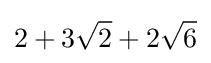
2+3{\sqrt {2}}+2{\sqrt {6}}